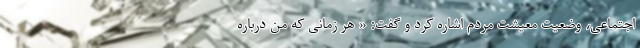
اجتماعی، وضعیت معیشت مردم اشاره کرد و گفت: « هر زمانی که من درباره